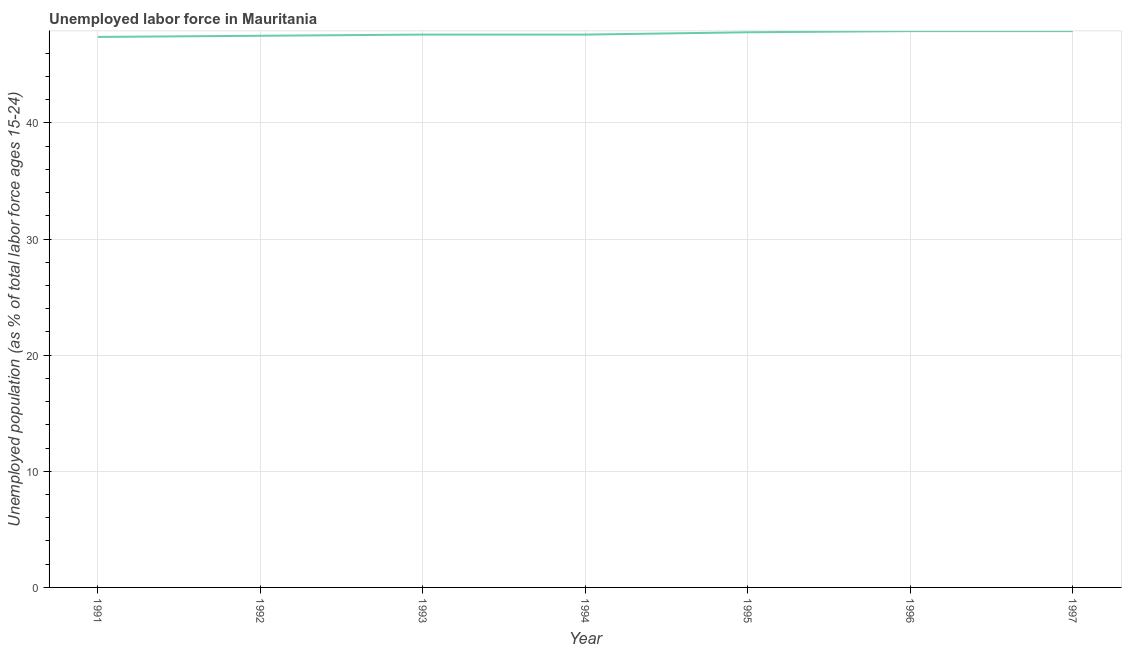
| Year | Unemployment |
 | --- | --- |
 | 1991 | 47.4 |
 | 1992 | 47.5 |
 | 1993 | 47.6 |
 | 1994 | 47.6 |
 | 1995 | 47.8 |
 | 1996 | 47.9 |
 | 1997 | 47.9 |